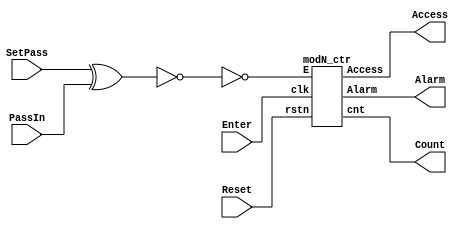
module DoorLockProject(Reset, SetPass, PassIn, Enter, Access, Count, Alarm);
	input Reset, Enter;
	input [11:0]SetPass, PassIn;
	output Access, Alarm;
	output [1:0] Count;
	wire Check;
	
	assign Check = !(SetPass ^ PassIn);
	modN_ctr Counter(Enter, !Check, Reset, Count, Access, Alarm);
endmodule

module modN_ctr(clk, E, rstn, cnt, Access, Alarm);
parameter N = 4;
parameter WIDTH = 2;
input clk, rstn, E;
output reg Access, Alarm;
output reg [WIDTH-1:0]cnt;

always @ (posedge clk, posedge rstn)
	if(rstn) begin
	Alarm <= 0;
	cnt <= 0;
	end
	else if(E & cnt == N-2) begin
	Access <= 0;
	Alarm <= 1;
	cnt <= cnt+1;
	end
	else if(cnt == N-1) begin
	Access <= 0;
	Alarm <= 1;
	end
	else if(E) begin
	cnt <= cnt+1;
	Access <= 0;
	Alarm <= 0;
	end
	else begin
	cnt <= 0;
	Access <= 1;
	Alarm <= 0;
	end
	
endmodule